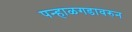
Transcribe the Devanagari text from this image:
पन्हाळगडावरुन